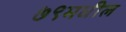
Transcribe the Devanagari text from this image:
७९मधील